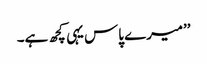
’’میرے پاس یہی کچھ ہے۔